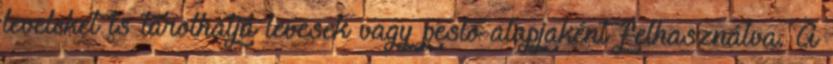
leveleket is tárolhatja levesek vagy pesto alapjaként felhasználva. A